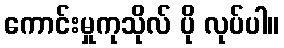
ကောင်းမှုကုသိုလ် ပို လုပ်ပါ။